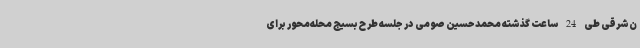
ن‌شرقی طی 24 ساعت گذشته محمدحسین صومی در جلسه طرح بسیج محله‌محور برای